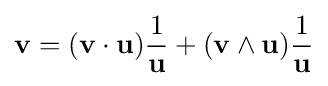
\mathbf {v} =(\mathbf {v} \cdot \mathbf {u} ){\frac {1}{\mathbf {u} }}+(\mathbf {v} \wedge \mathbf {u} ){\frac {1}{\mathbf {u} }}